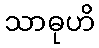
သာဓုဟိ